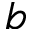
b